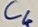
Text: C6